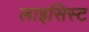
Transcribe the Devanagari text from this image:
लाइसिस्ट